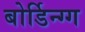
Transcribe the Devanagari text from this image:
बोर्डिन्ग्ग